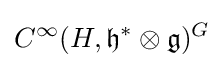
C^{\infty }(H,{\mathfrak {h}}^{*}\otimes {\mathfrak {g}})^{G}